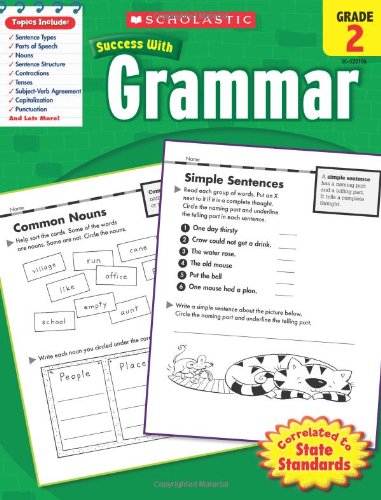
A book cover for Scholastic Success With Grammar, Grade 2; Scholastic; Reference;